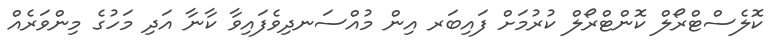
ކޮލެސްޓްރޯލް ކޮންޓްރޯލް ކުރުމަށް ފައިބަރ އިން މުއްސަނދިވެފައިވާ ކާނާ އަދި މަހުގެ މިންވަރެއް